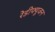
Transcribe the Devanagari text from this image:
रेडीफ्यूजन